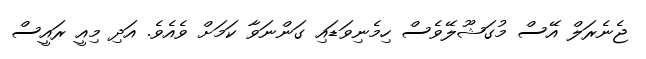
ޖެނެރަލް އޭސް މުގަޝޫލޭވެސް ހިމެނިވަޑައި ގަންނަވާ ކަމަށް ވެއެވެ. އަދި މިއީ ރައީސް